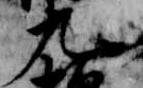
九